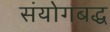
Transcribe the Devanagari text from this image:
संयोगबद्ध